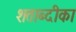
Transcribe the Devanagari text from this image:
शताब्दीका